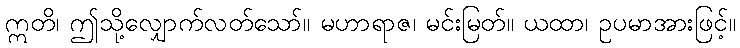
ဣတိ၊ ဤသို့လျှောက်လတ်သော်။ မဟာရာဇ၊ မင်းမြတ်။ ယထာ၊ ဥပမာအားဖြင့်။